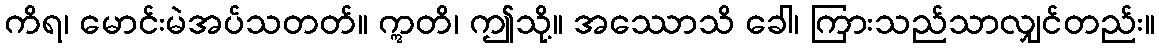
ကိရ၊ မောင်းမဲအပ်သတတ်။ ဣတိ၊ ဤသို့။ အဿောသိ ခေါ၊ ကြားသည်သာလျှင်တည်း။